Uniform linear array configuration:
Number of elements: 8
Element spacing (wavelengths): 0.25
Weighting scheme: blackman
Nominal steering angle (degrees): -30
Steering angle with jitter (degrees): -30.389
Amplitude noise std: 0.05
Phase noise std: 0.05

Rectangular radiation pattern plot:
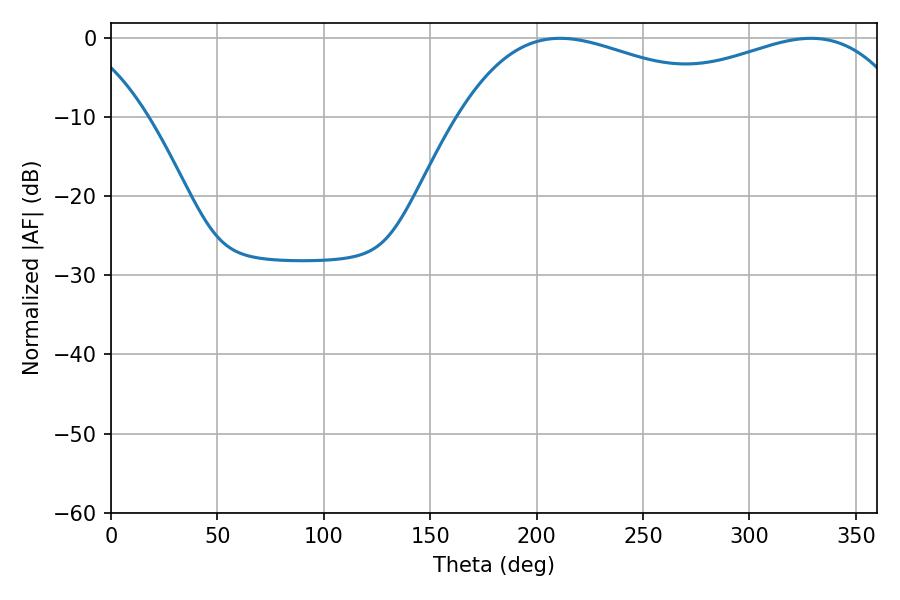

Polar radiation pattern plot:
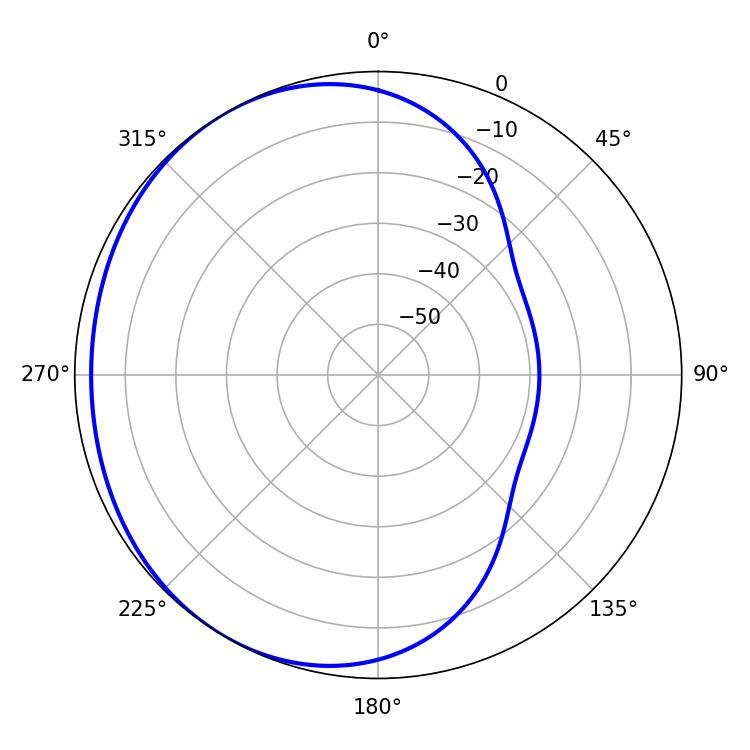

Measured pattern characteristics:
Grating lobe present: FALSE
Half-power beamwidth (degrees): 76.14
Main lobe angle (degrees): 210.96